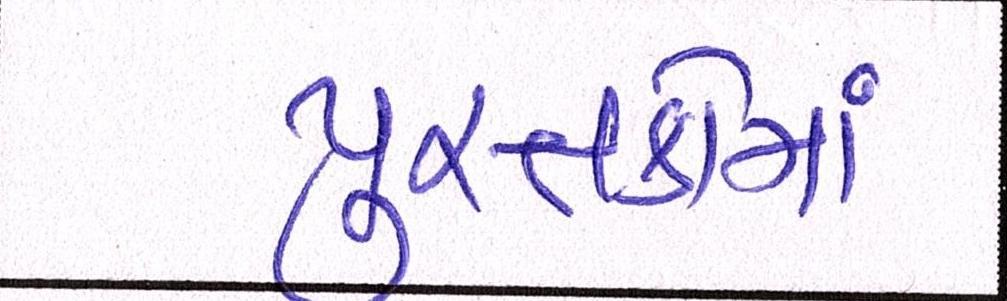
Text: પુસ્તકોમાં